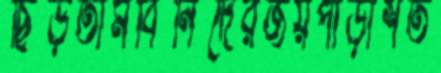
ছিঁড়তামবিনিদেরজয়পাড়াশত